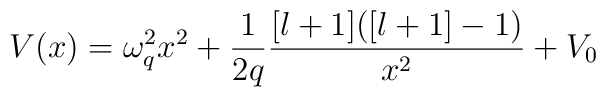
V(x)=\omega _{q}^{2}x^{2}+\frac{1}{2q}\frac{[l+1]([l+1]-1)}{x^{2}}+V_{0}